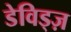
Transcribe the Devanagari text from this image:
डेविड्ज़